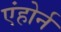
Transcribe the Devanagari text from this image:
एंहोर्न